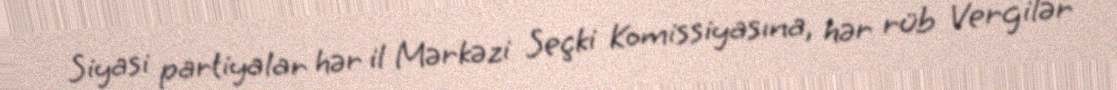
Siyasi partiyalar hər il Mərkəzi Seçki Komissiyasına, hər rüb Vergilər